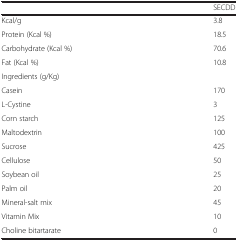
<table><thead><tr><td>[EMPTY_CELL]</td><td><b>SECDD</b></td></tr></thead><tbody><tr><td>Kcal/g</td><td>3.8</td></tr><tr><td>Protein (Kcal %)</td><td>18.5</td></tr><tr><td>Carbohydrate (Kcal %)</td><td>70.6</td></tr><tr><td>Fat (Kcal %)</td><td>10.8</td></tr><tr><td>Ingredients (g/Kg)</td><td>[EMPTY_CELL]</td></tr><tr><td>Casein</td><td>170</td></tr><tr><td>L-Cystine</td><td>3</td></tr><tr><td>Corn starch</td><td>125</td></tr><tr><td>Maltodextrin</td><td>100</td></tr><tr><td>Sucrose</td><td>425</td></tr><tr><td>Cellulose</td><td>50</td></tr><tr><td>Soybean oil</td><td>25</td></tr><tr><td>Palm oil</td><td>20</td></tr><tr><td>Mineral-salt mix</td><td>45</td></tr><tr><td>Vitamin Mix</td><td>10</td></tr><tr><td>Choline bitartarate</td><td>0</td></tr></tbody></table>